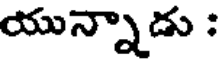
యున్నాడు :